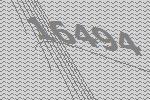
16494